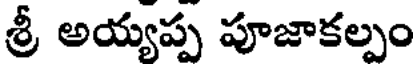
శ్రీ అయ్యప్ప పూజాకల్పం